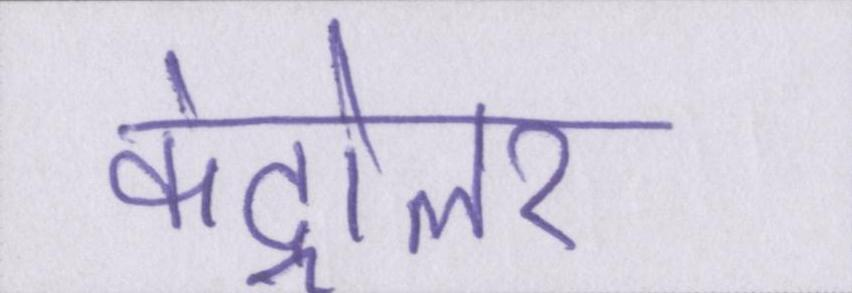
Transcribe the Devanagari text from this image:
कंट्रोलर